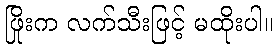
ဖြိုးက လက်သီးဖြင့် မထိုးပါ။